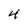
Character: 4